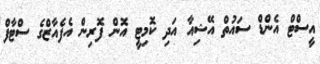
އީސްޓް އެންޑް ސައުތް އޭޝިއާ އަދި ކޮމިޓީ އޮން ފޮރިން އެފެއާޒްގެ ސްޓާފް